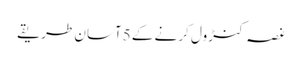
غصہ کنڑول کرنے کے 5آسان طریقے